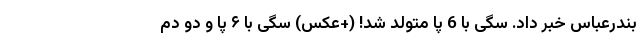
بندرعباس خبر داد. سگی با 6 پا متولد شد! (+عکس) سگی با ۶ پا و دو دم